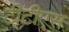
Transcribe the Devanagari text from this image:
टीटीएस